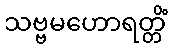
သဗ္ဗမဟောရတ္တိံ